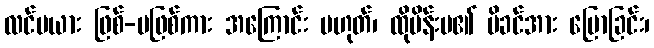
လင်မယား ဖြစ်-မဖြစ်ကား အကြောင်း မဟုတ်၊ ထိုမိန်းမ၏ မိခင်အား ပြောခြင်း၊